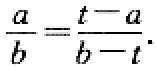
$\frac{a}{b}=\frac{t - a}{b - t}$